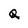
Character: Q